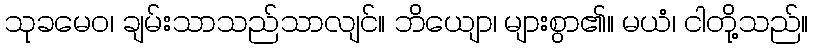
သုခမေဝ၊ ချမ်းသာသည်သာလျင်။ ဘိယျော၊ များစွာ၏။ မယံ၊ ငါတို့သည်။